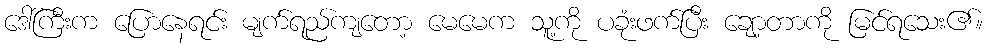
ဒေါ်ကြီးက ပြောနေရင်း မျက်ရည်ကျတော့ မေမေက သူ့ကို ပခုံးဖက်ပြီး ချော့တာကို မြင်ရသေး၏။